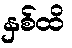
နှစ်ထိ